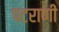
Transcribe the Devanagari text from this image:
पटराणी